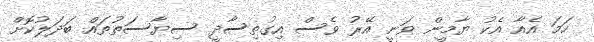
ހަމަ އެއާ އެކު ޔާމީން ވަނީ އޭރު ވެސް އިގުތިސާދީ ސިޔާސަތުތައް ބަދަލުކޮށް